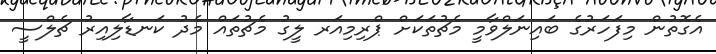
އެގޮތުން މިފަހަރުގެ ބައިނަލްވާމީ މެޗުތަކަށް ޕްރިމިއަރ ލީގު މެޗުތައް މެދު ކަނޑާލިއިރު ޗެލްސީ